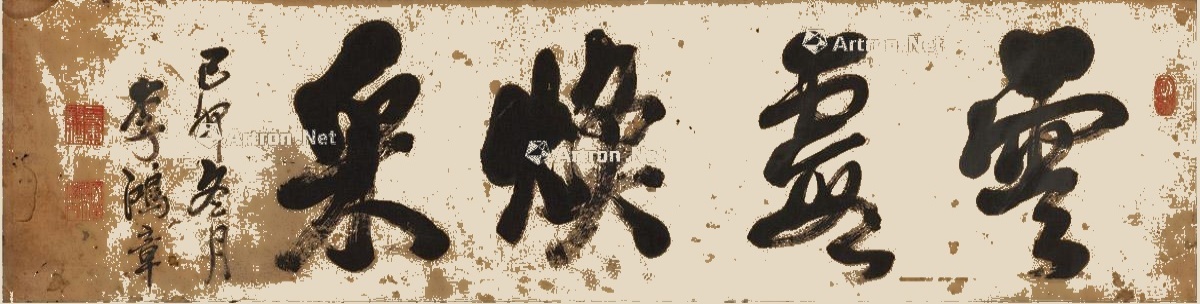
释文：云霞焕采。己卯冬月，李鸿章。